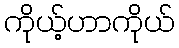
ကိုယ့်ဟာကိုယ်